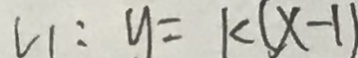
1 1 : y = k ( x - 1 )